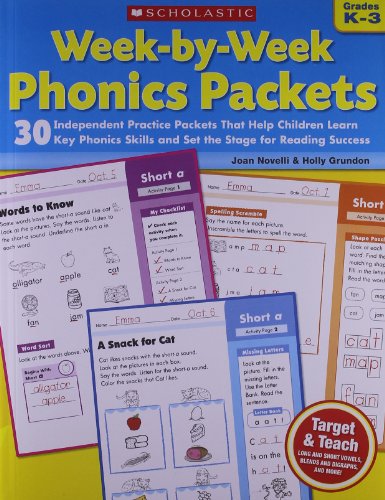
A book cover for Week-by-Week Phonics Packets: 30 Independent Practice Packets That Help Children Learn Key Phonics Skills and Set the Stage for Reading Success; Joan Novelli; Education & Teaching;